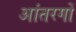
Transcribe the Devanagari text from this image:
आंतरगों